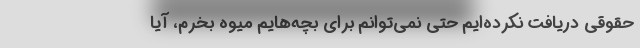
حقوقی دریافت نکرده‌ایم حتی نمی‌توانم برای بچه‌هایم میوه بخرم، آیا